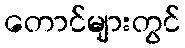
တောင်များတွင်